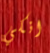
انكي